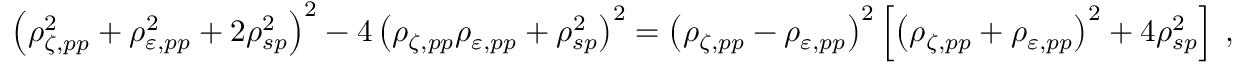
\begin{array} { r } { \left( \rho _ { \zeta , p p } ^ { 2 } + \rho _ { \varepsilon , p p } ^ { 2 } + 2 \rho _ { s p } ^ { 2 } \right) ^ { 2 } - 4 \left( \rho _ { \zeta , p p } \rho _ { \varepsilon , p p } + \rho _ { s p } ^ { 2 } \right) ^ { 2 } = \left( \rho _ { \zeta , p p } - \rho _ { \varepsilon , p p } \right) ^ { 2 } \left[ \left( \rho _ { \zeta , p p } + \rho _ { \varepsilon , p p } \right) ^ { 2 } + 4 \rho _ { s p } ^ { 2 } \right] \: , } \end{array}